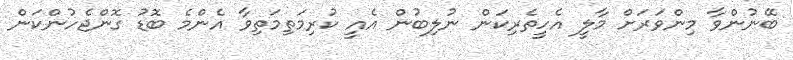
ބޭނުންވާ މިންވަރަށް މާލީ އެހީތެރިކަން ނުލިބުން އެއީ ކުރިމަތިމަތިވާ އެންމެ ބޮޑު ގޮންޖެހުންކަން